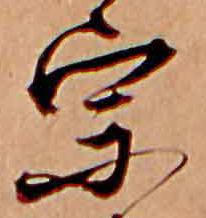
宗